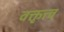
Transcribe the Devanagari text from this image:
वक्तृत्त्व